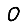
Digit: 0